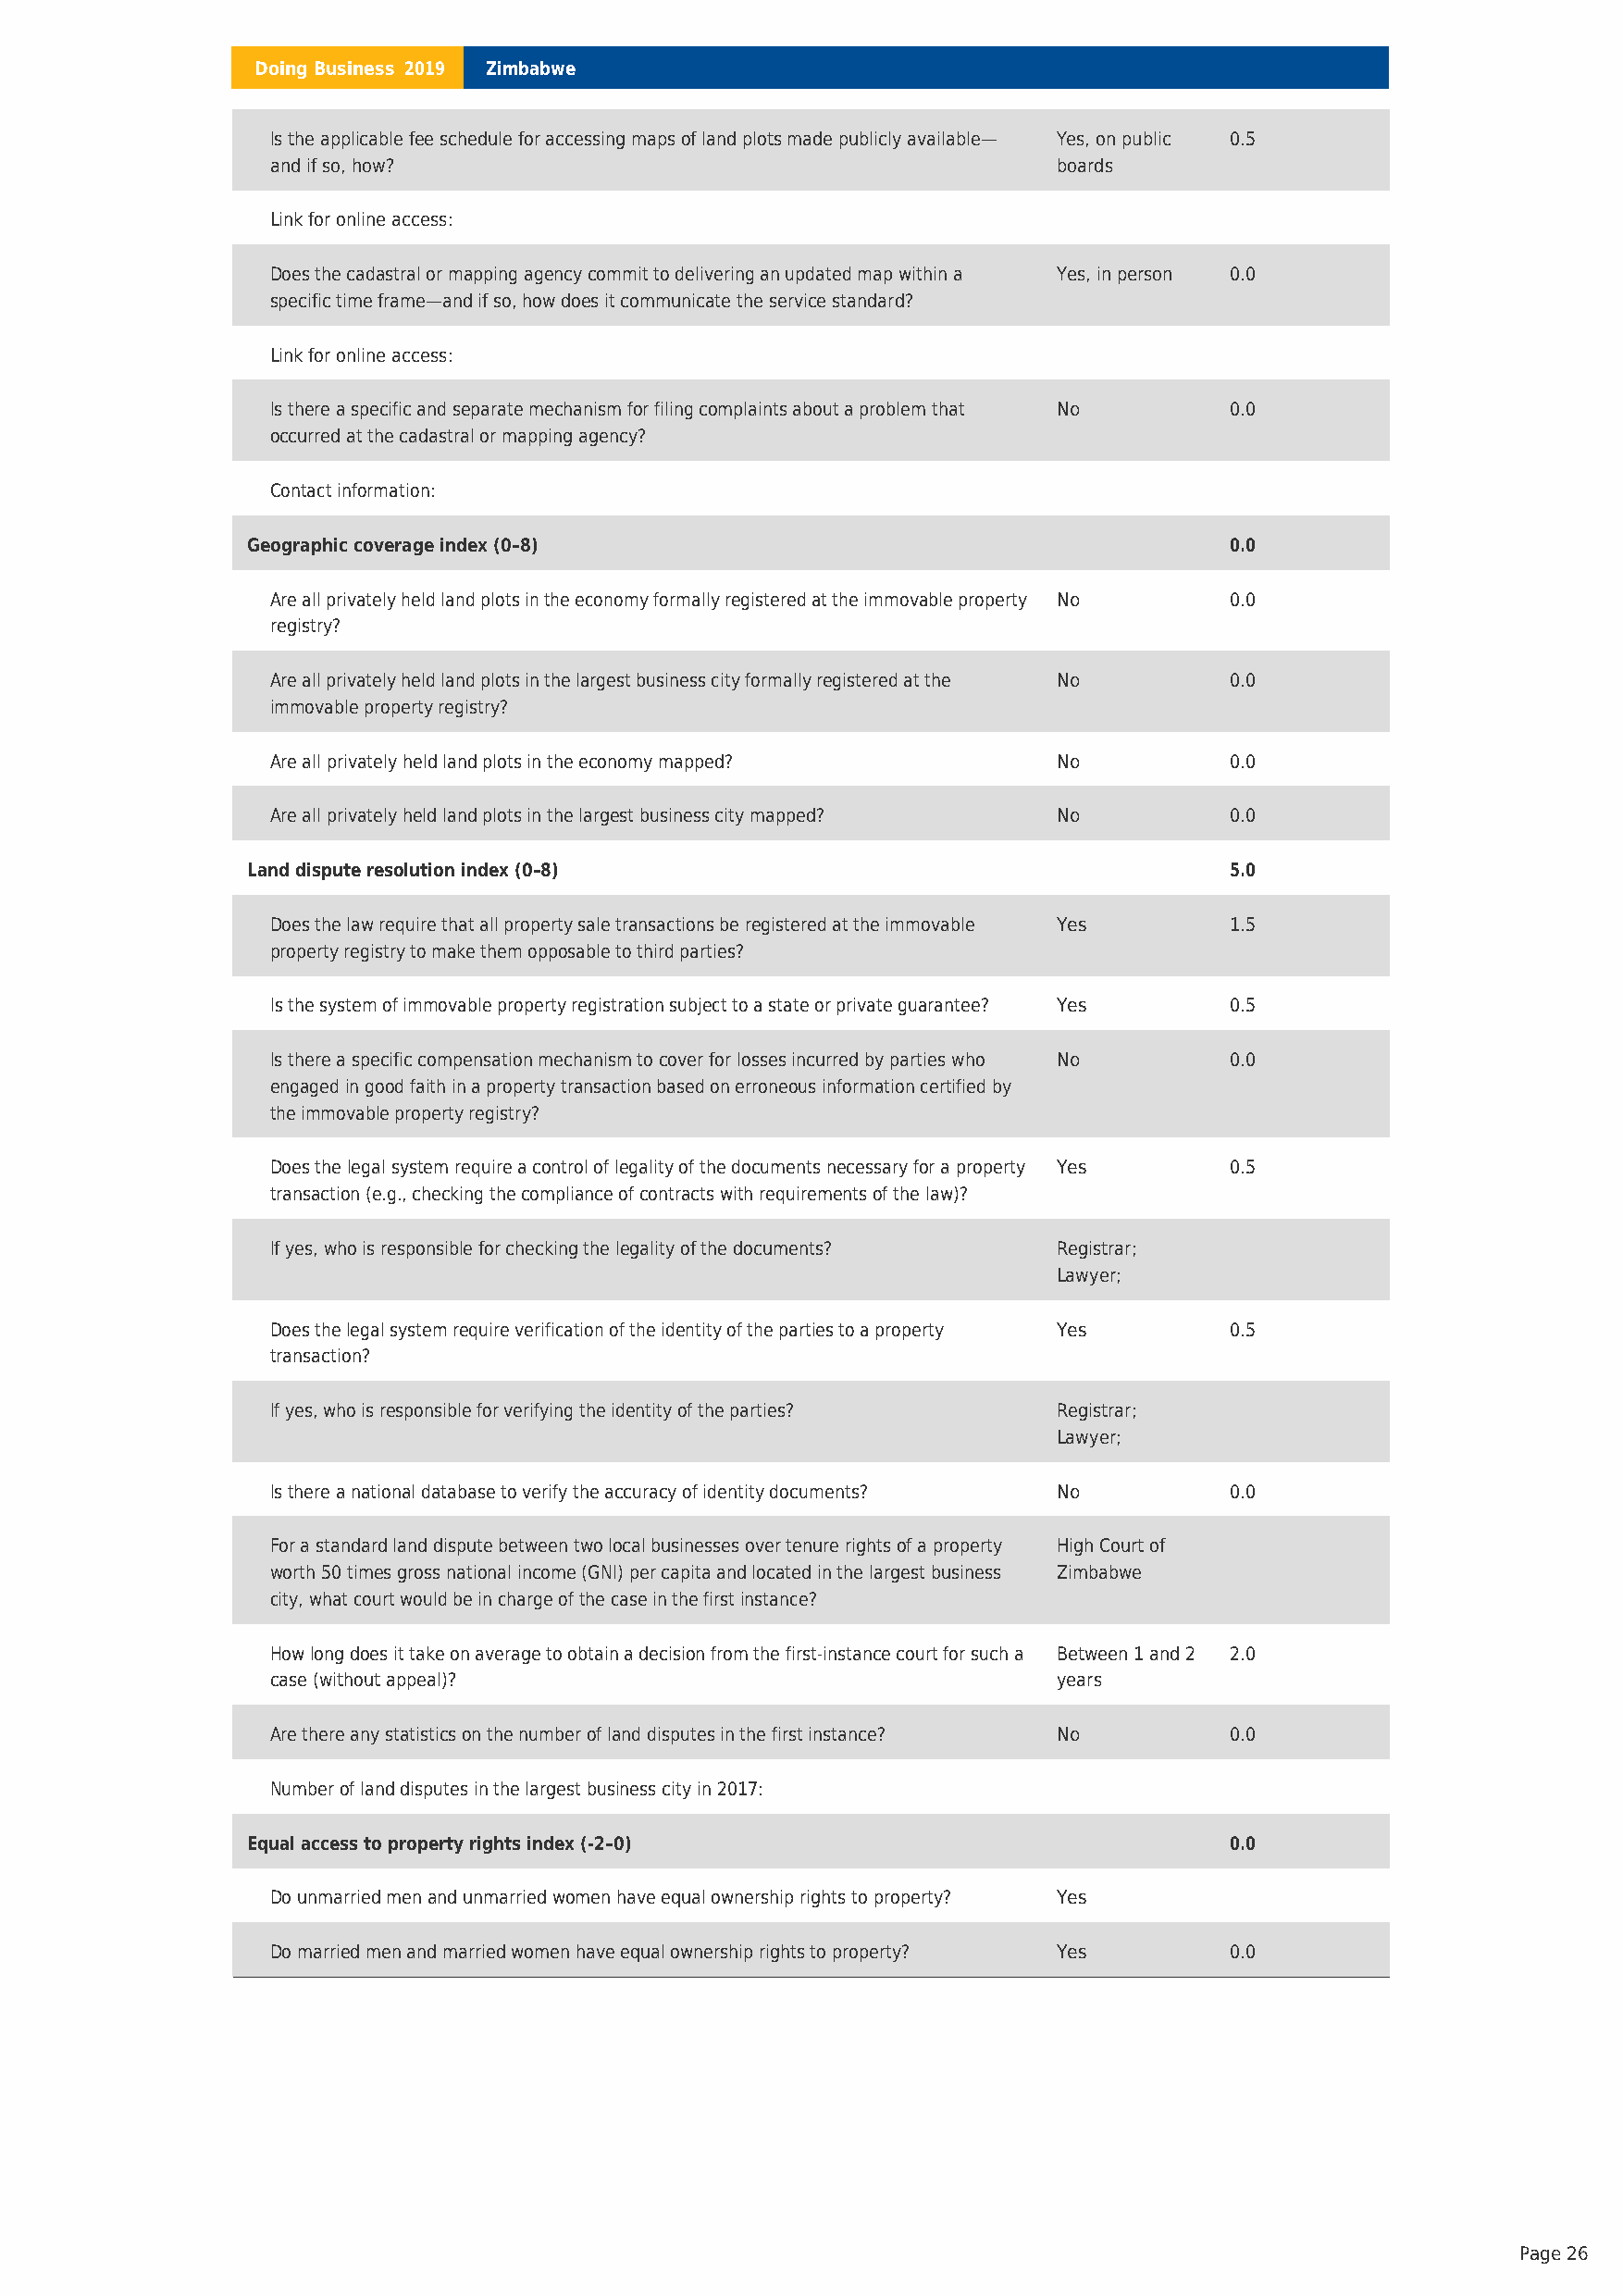
Doing Business 2019 Zimbabwe
 Is the applicable fee schedule for accessing maps of land plots made publicly available— Yes, on public 0.5
 and if so, how?                                          boards
 Link for online access:
 Does the cadastral or mapping agency commit to delivering an updated map within a Yes, in person 0.0
 specific time frame—and if so, how does it communicate the service standard?
 Link for online access:
 Is there a specific and separate mechanism for filing complaints about a problem that No 0.0
 occurred at the cadastral or mapping agency?
 Contact information:
 Geographic coverage index (0–8)                                       0.0
 Are all privately held land plots in the economy formally registered at the immovable property No 0.0
 registry?
 Are all privately held land plots in the largest business city formally registered at the No 0.0
 immovable property registry?
 Are all privately held land plots in the economy mapped? No          0.0
 Are all privately held land plots in the largest business city mapped? No 0.0
 Land dispute resolution index (0–8)                                   5.0
 Does the law require that all property sale transactions be registered at the immovable Yes 1.5
 property registry to make them opposable to third parties?
 Is the system of immovable property registration subject to a state or private guarantee? Yes 0.5
 Is there a specific compensation mechanism to cover for losses incurred by parties who No 0.0
 engaged in good faith in a property transaction based on erroneous information certified by
 the immovable property registry?
 Does the legal system require a control of legality of the documents necessary for a property Yes 0.5
 transaction (e.g., checking the compliance of contracts with requirements of the law)?
 If yes, who is responsible for checking the legality of the documents? Registrar;
 Lawyer;
 Does the legal system require verification of the identity of the parties to a property Yes 0.5
 transaction?
 If yes, who is responsible for verifying the identity of the parties? Registrar;
 Lawyer;
 Is there a national database to verify the accuracy of identity documents? No 0.0
 For a standard land dispute between two local businesses over tenure rights of a property High Court of
 worth 50 times gross national income (GNI) per capita and located in the largest business Zimbabwe
 city, what court would be in charge of the case in the first instance?
 How long does it take on average to obtain a decision from the first-instance court for such a Between 1 and 2 2.0
 case (without appeal)?                                   years
 Are there any statistics on the number of land disputes in the first instance? No 0.0
 Number of land disputes in the largest business city in 2017:
 Equal access to property rights index (-2–0)                          0.0
 Do unmarried men and unmarried women have equal ownership rights to property? Yes
 Do married men and married women have equal ownership rights to property? Yes 0.0
 Page 26